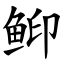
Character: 䲟